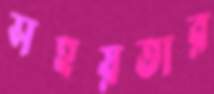
সহয়তার